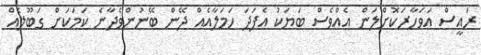
ރައީސް އަވަހާރަކޮށްލަން އެއްވެސް ބަޔަކު އެފަދަ ހަމަލާއެއް ދޭން ބޭނުންވެދާނެ ކަމަކަށް ގަބޫލެއް